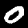
Digit: 0